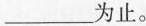
___为止。